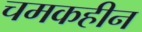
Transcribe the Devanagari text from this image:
चमकहीन